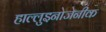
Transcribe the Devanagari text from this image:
हाल्लुइनोजेनीक